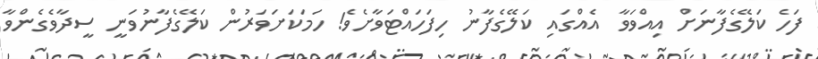
ފަހެ ކަލޭގެފާނަށް އިއްވަވާ  އެއްގައި ކަލޭގެފާނު ހިފަހައްޓަވާށެވެ! ހަމަކަށަވަރުން ކަލޭގެފާނުވަނީ ސީދާވެގެންވާ